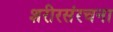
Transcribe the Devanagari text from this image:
शरीरसंरचना